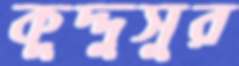
কুদ্দুসুর